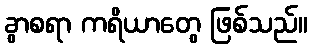
ခွာစရာ ကရိယာတွေ ဖြစ်သည်။